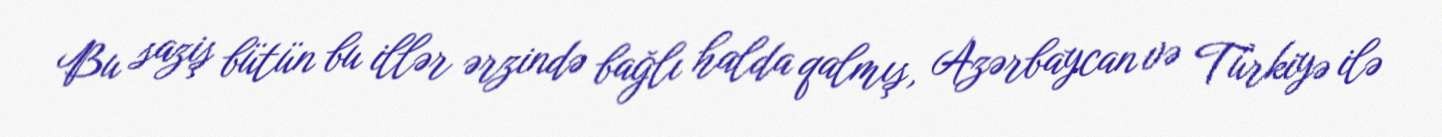
Bu saziş bütün bu illər ərzində bağlı halda qalmış, Azərbaycan və Türkiyə ilə